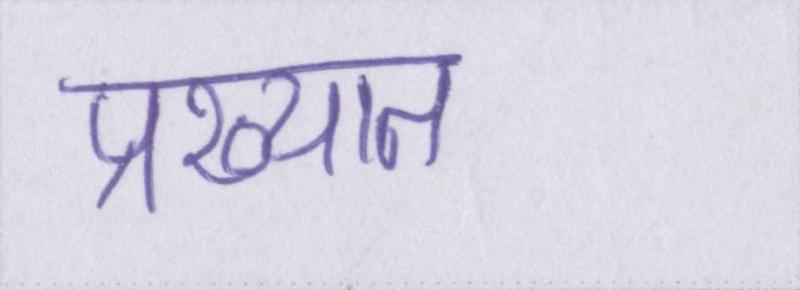
प्रख्यात